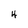
Character: 4